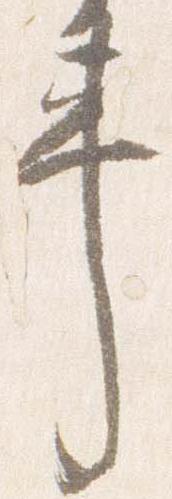
車